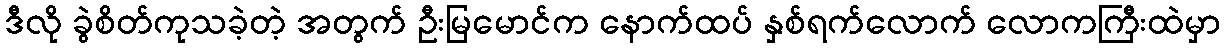
ဒီလို ခွဲစိတ်ကုသခဲ့တဲ့ အတွက် ဦးမြမောင်က နောက်ထပ် နှစ်ရက်လောက် လောကကြီးထဲမှာ